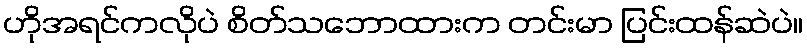
ဟိုအရင်ကလိုပဲ စိတ်သဘောထားက တင်းမာ ပြင်းထန်ဆဲပဲ။